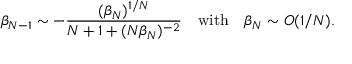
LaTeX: \beta _ { N - 1 } \sim - { \frac { ( \beta _ { N } ) ^ { 1 / N } } { N + 1 + ( N \beta _ { N } ) ^ { - 2 } } } \quad \mathrm { w i t h } \quad \beta _ { N } \sim { \cal O } ( 1 / N ) .